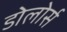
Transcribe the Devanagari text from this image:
डोलोर्स